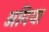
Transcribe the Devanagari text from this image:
अगिया